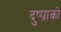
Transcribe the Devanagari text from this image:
दुष्प्राको